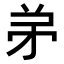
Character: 𬼺